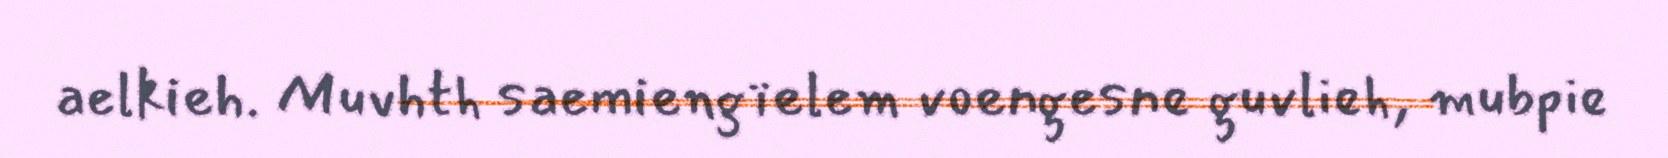
aelkieh. Muvhth saemiengïelem voengesne guvlieh, mubpie